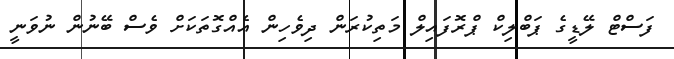
ފަސްޓް ލޭޑީގެ ޕަބްލިކް ޕްރޮފައިލް މަތިކުރަން ދިވެހިން އެއްގޮތަކަށް ވެސް ބޭނުން ނުވަނީ